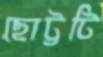
ছোট্টটি